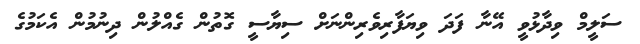
ސަލީމް ވިދާޅުވީ އޭނާ ފަދަ ވިޔަފާރިވެރިންނަށް ސިޔާސީ ގޮތުން ގެއްލުން ދިނުމުން އެކަމުގެ